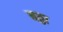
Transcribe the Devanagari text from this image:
बठ्ठा